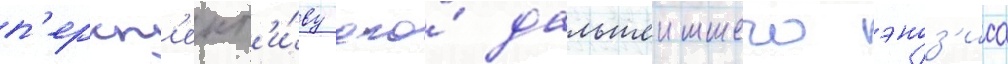
п'ерсп'ект'и́ву его́ дальшеишего эноз'иса